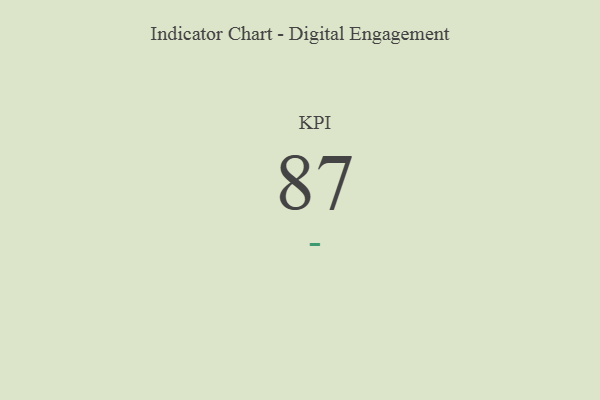
{"axis": {"x": "KPI", "y": "Value"}, "legend": [""], "data": [{"x": "KPI", "y": 87, "type": ""}]}